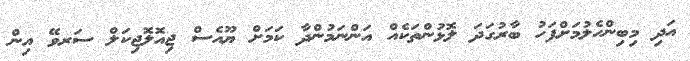
އަދި މިބިންހެލުމަށްފަހު ބާރުގަދަ ލޮޅުންތަކެއް އަންނަމުންދާ ކަމަށް ޔޫއެސް ޖިއޮލޮޖިކަލް ސަރވޭ އިން